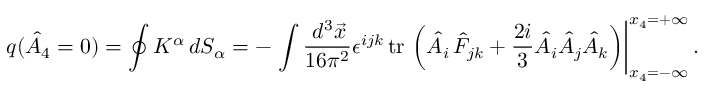
q ( \hat { A } _ { 4 } = 0 ) = \oint K ^ { \alpha } \, d S _ { \alpha } = - \left. \int \frac { \, d ^ { 3 } \vec { x } } { 1 6 \pi ^ { 2 } } \epsilon ^ { i j k } \, \mathrm { t r \, } \left( \hat { A } _ { i } \, \hat { F } _ { j k } + \frac { 2 i } 3 \hat { A } _ { i } \hat { A } _ { j } \hat { A } _ { k } \right) \right| _ { x _ { 4 } = - \infty } ^ { x _ { 4 } = + \infty } .